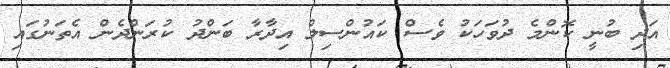
އަދި ބުނީ ކޮންމެ ދުވަހަކު ވެސް ކައުންސިލް އިދާރާ ބަންދު ކުރަންދެން އެތަނުގައި